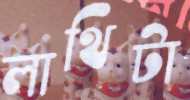
লাথিটা